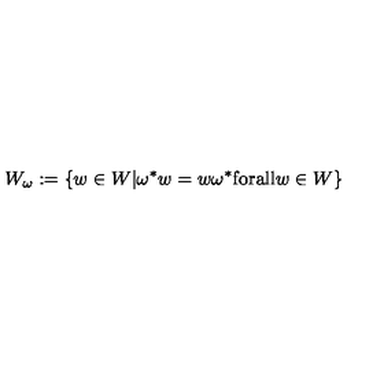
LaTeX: W _ { \omega } : = \{ w \in W | \omega ^ { * } w = w \omega ^ { * } \mathrm { f o r a l l } w \in W \}